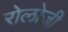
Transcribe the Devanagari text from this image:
रोलोजी